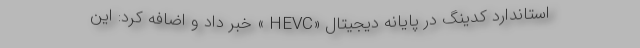
استاندارد کدینگ در پایانه دیجیتال «HEVC » خبر داد و اضافه کرد: این